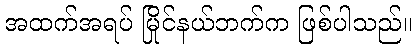
အထက်အရပ် မြိုင်နယ်ဘက်က ဖြစ်ပါသည်။